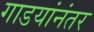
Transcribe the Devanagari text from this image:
गाडयांनंतर